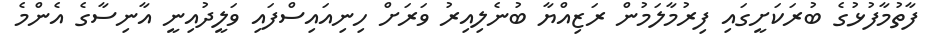
ފާތުމާފުޅުގެ ބުރަކަށީގައި ފިރުމާލަމުން ރަޒިއްޔާ ބުނެލިއިރު ވަރަށް ހިނިއައިސްފައި ވަލީދުއިނީ އާނިސާގެ އެންމެ